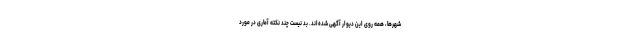
شهرها، همه روی این دیوار آگهی شده‌اند. بد نیست چند نکته آماری در مورد